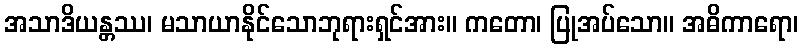
အသာဒိယန္တဿ၊ မသာယာနိုင်သောဘုရားရှင်အား။ ကတော၊ ပြုအပ်သော။ အဓိကာရော၊